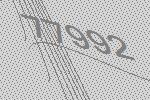
77992